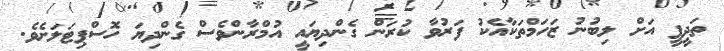
ތަދީފީ އަށް ލިބުނު ޒަހަމްތަކާއެކު ފަރުވާ ކުރަން ގެންދިޔައީ އުމްރާންވެސް ގެންދިޔަ ހޮސްޕިޓަލަށެވެ.